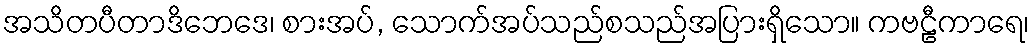
အသိတပီတာဒိဘေဒေ၊ စားအပ်, သောက်အပ်သည်စသည်အပြားရှိသော။ ကဗဠီကာရေ၊